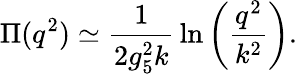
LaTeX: \Pi(q^{2})\simeq{\frac{1}{2g_{5}^{2}k}}\ln\left({\frac{q^{2}}{k^{2}}}\right).